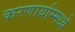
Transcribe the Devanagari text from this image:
करणार्याम्मध्ये